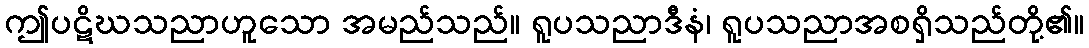
ဤပဋိဃသညာဟူသော အမည်သည်။ ရူပသညာဒီနံ၊ ရူပသညာအစရှိသည်တို့၏။